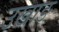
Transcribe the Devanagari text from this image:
उखाङ